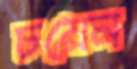
চয়েন